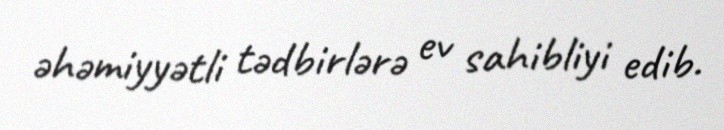
əhəmiyyətli tədbirlərə ev sahibliyi edib.